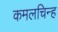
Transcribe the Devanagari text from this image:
कमलचिन्ह